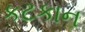
કટકાન